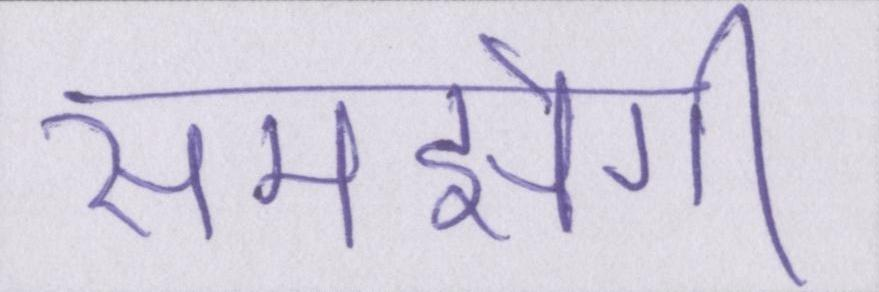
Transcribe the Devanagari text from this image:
समझेगी